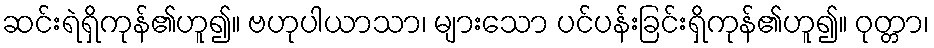
ဆင်းရဲရှိကုန်၏ဟူ၍။ ဗဟုပါယာသာ၊ များသော ပင်ပန်းခြင်းရှိကုန်၏ဟူ၍။ ဝုတ္တာ၊